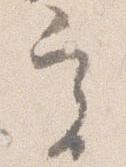
実